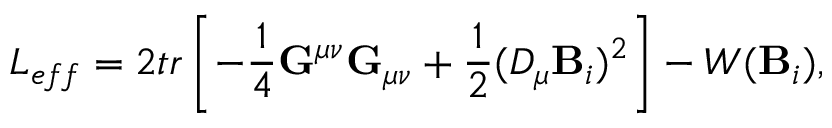
{ \cal L } _ { e f f } = 2 t r \left[ - { \frac { 1 } { 4 } } { \bf G } ^ { \mu \nu } { \bf G } _ { \mu \nu } + { \frac { 1 } { 2 } } ( { \cal { \cal D } } _ { \mu } { \bf B } _ { i } ) ^ { 2 } \right] - W ( { \bf B } _ { i } ) ,